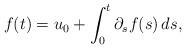
LaTeX: \begin{align*}f(t)=u_0 + \int_0^t \partial_s f(s)\,ds, \end{align*}